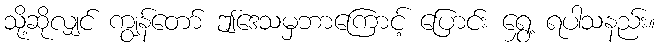
သို့ဆိုလျှင် ကျွန်တော် ဤဒေသမှဘာကြောင့် ပြောင်း ရွှေ့ ရပါသနည်း။